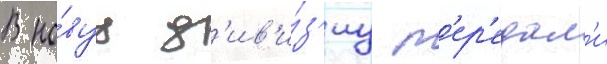
В но́вуу д'ив'и́з'иу п'ер'едал'и